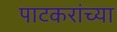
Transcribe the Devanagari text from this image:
पाटकरांच्या